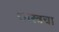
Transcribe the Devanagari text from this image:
शास्त्रचा